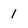
Character: l